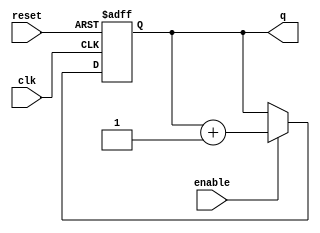
module RingCounter(
    input wire clk,
    input wire reset,
    input wire enable,
    output reg [N-1:0] q
);

parameter N = 4; // specify the number of bits for the ring counter

always @(posedge clk or posedge reset) begin
    if (reset) begin
        q <= 0;
    end else begin
        if (enable) begin
            q <= q + 1;
        end
    end
end

endmodule